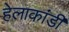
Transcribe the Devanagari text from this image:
हेलाकांडी